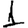
Digit: 1